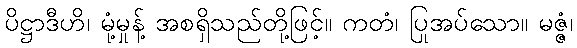
ပိဋ္ဌာဒီဟိ၊ မုံ့မှုန့် အစရှိသည်တို့ဖြင့်။ ကတံ၊ ပြုအပ်သော။ မဇ္ဇံ၊